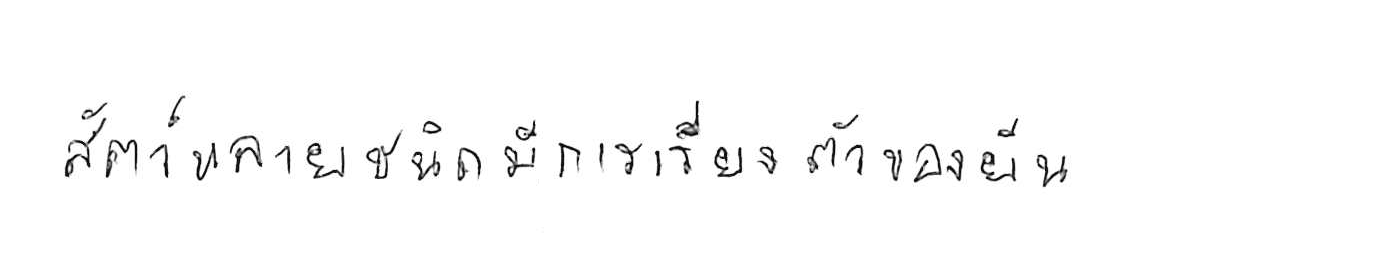
สัตว์หลายชนิดมีการเรียงตัวของยีน